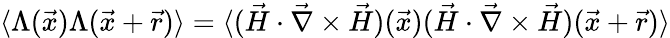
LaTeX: \langle\Lambda(\vec{x})\Lambda(\vec{x}+\vec{r})\rangle=\langle(\vec{H}\cdot\vec{\nabla}\times\vec{H})(\vec{x})(\vec{H}\cdot\vec{\nabla}\times\vec{H})(\vec{x}+\vec{r})\rangle